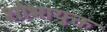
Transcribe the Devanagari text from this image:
शोभायुक्त